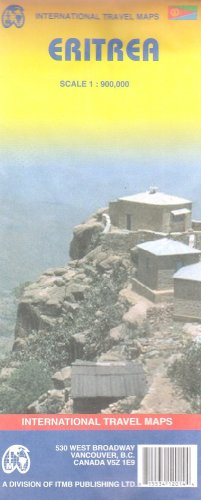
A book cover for Eritrea 1:900,000 Travel Map (International Travel Maps); ITM Canada; Travel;